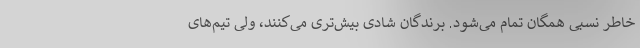
خاطر نسبی همگان تمام می‌شود. برندگان شادی بیش‌تری می‌کنند، ولی تیم‌های